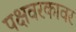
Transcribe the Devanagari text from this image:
पक्षवरकावर